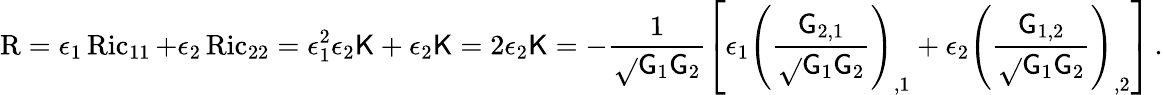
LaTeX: \operatorname{R}=\epsilon_{1}\operatorname{Ric}_{11}+\epsilon_{2}\operatorname{Ric}_{22}=\epsilon_{1}^{2}\epsilon_{2}\mathsf{K}+\epsilon_{2}\mathsf{K}=2\epsilon_{2}\mathsf{K}=-\frac{{1}}{{\sqrt{}{{\mathsf{{G}}_{1}\mathsf{{G}}_{2}}}}}\left[\epsilon_{1}\left(\frac{{\mathsf{{G}}_{2,1}}}{{\sqrt{}{{\mathsf{{G}}_{1}\mathsf{{G}}_{2}}}}}\right)_{,1}+\epsilon_{2}\left(\frac{{\mathsf{{G}}_{1,2}}}{{\sqrt{}{{\mathsf{{G}}_{1}\mathsf{{G}}_{2}}}}}\right)_{,2}\right]\, .